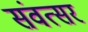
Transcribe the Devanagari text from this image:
संवत्‍सर